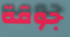
جوقة